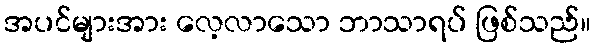
အပင်များအား လေ့လာသော ဘာသာရပ် ဖြစ်သည်။